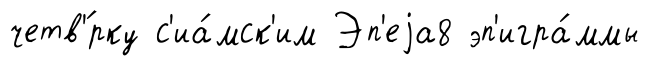
четв'́рку с'иа́мск'им Эп'еjа8 эп'игра́ммы